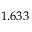
1 . 6 3 3